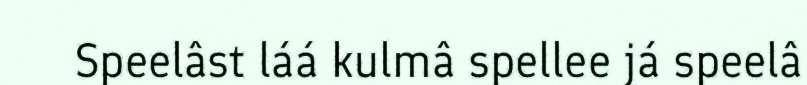
Speelâst láá kulmâ spellee já speelâ